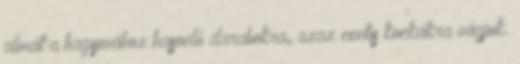
almát a hagymához hasonló darabokra, azaz centis kockákra vágjuk.